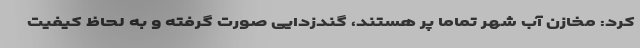
کرد: مخازن آب شهر تماما پر هستند، گندزدایی صورت گرفته و به لحاظ کیفیت